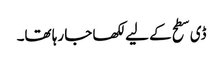
ڈی سطح کے لیے لکھا جا رہا تھا۔